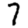
Digit: 7